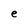
Character: e